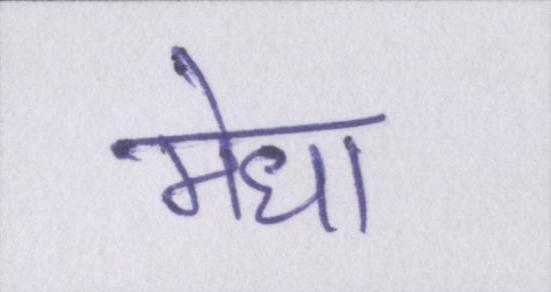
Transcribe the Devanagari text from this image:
मेधा